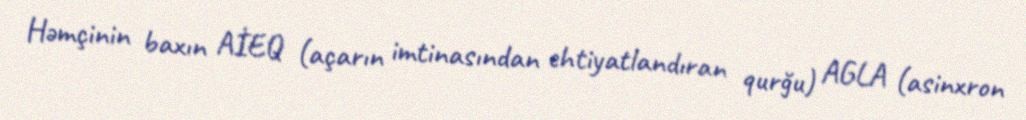
Həmçinin baxın AİEQ (açarın imtinasından ehtiyatlandıran qurğu) AGLA (asinxron